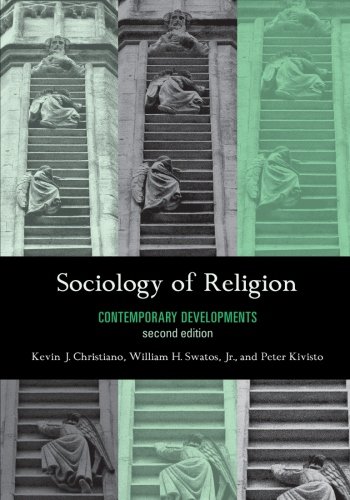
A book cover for Sociology of Religion: Contemporary Developments; Kevin J. Christiano University of Notre Dame; Religion & Spirituality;